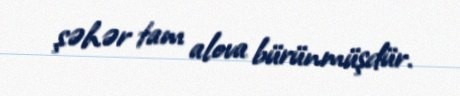
şəhər tam alova bürünmüşdür.